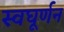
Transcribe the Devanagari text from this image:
स्वघूर्णन